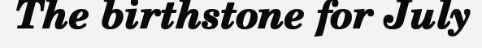
The birthstone for July